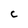
Character: c